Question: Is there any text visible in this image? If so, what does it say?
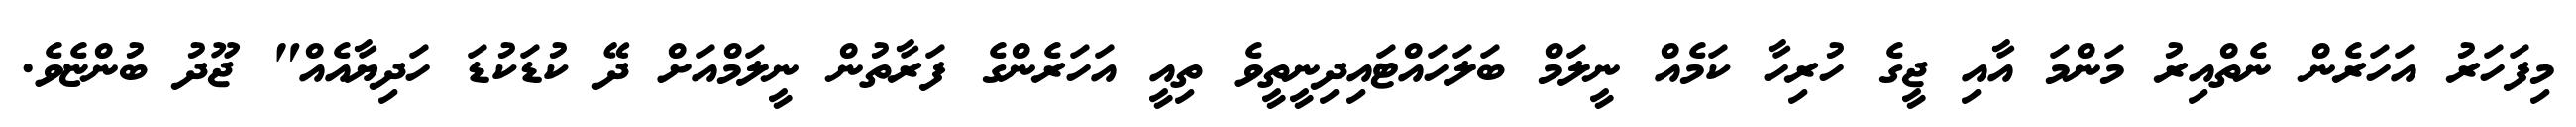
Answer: މިފަހަރު އަހަރެން ނެތްއިރު މަންމަ އާއި ޖީގެ ހުރިހާ ކަމެއް ނީލަމް ބަލަހައްޓައިދިނީތީވެ ތިއީ އަހަރެންގެ ފަރާތުން ނީލަމްއަށް ދޭ ކުޑަކުޑަ ހަދިޔާއެއް" ޖޫދު ބުންޏެވެ.